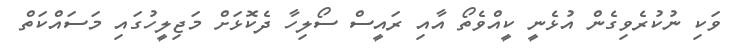
ވަކި ނުކުރެވިގެން އުޅެނީ ކީއްވެތޯ އާއި ރައީސް ސޯލިހާ ދެކޮޅަށް މަޖިލީހުގައި މަސައްކަތް